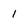
Character: 1